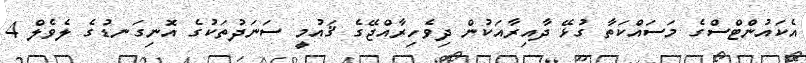
އެކައުންޓްސްގެ މަސައްކަތާ ގުޅޭ ދާއިރާއަކުން ދިވެހިރާއްޖޭގެ ޤައުމީ ސަނަދުތަކުގެ އޮނިގަނޑުގެ ލެވެލް 4